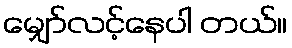
မျှော်လင့်နေပါ တယ်။